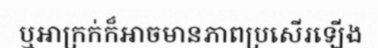
ឬអាក្រក់ក៏អាចមានភាពប្រសើរឡើង